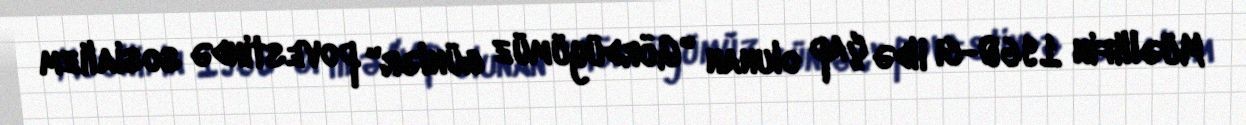
Müəllifin 1960-cı ildə çap olunan "Gördüyümüz günlər" povestində sosializm